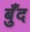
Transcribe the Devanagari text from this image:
बुँद